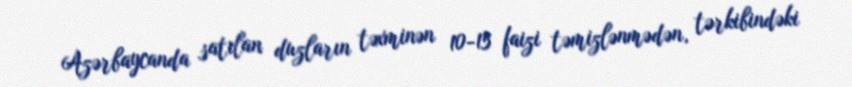
Azərbaycanda satılan duzların təxminən 10-15 faizi təmizlənmədən, tərkibindəki